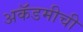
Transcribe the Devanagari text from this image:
अकॅडमीची